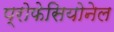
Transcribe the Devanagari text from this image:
प्रोफेसियोनेल